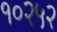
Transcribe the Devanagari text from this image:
१०२५२